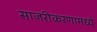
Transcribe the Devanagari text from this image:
साजरीकरणामध्ये